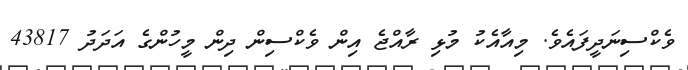
ވެކްސިނަދީފައެވެ. މިއާއެކު މުޅި ރާއްޖެ އިން ވެކްސިން ދިން މީހުންގެ އަދަދު 43817